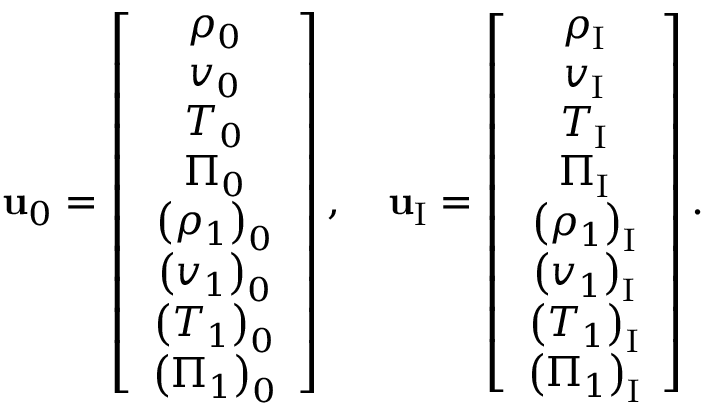
\mathbf { u } _ { 0 } = \left[ \begin{array} { c } { \rho _ { 0 } } \\ { v _ { 0 } } \\ { T _ { 0 } } \\ { \Pi _ { 0 } } \\ { \left( \rho _ { 1 } \right) _ { 0 } } \\ { \left( v _ { 1 } \right) _ { 0 } } \\ { \left( T _ { 1 } \right) _ { 0 } } \\ { \left( \Pi _ { 1 } \right) _ { 0 } } \end{array} \right] , \quad \mathbf { u } _ { \mathrm { I } } = \left[ \begin{array} { c } { \rho _ { \mathrm { I } } } \\ { v _ { \mathrm { I } } } \\ { T _ { \mathrm { I } } } \\ { \Pi _ { \mathrm { I } } } \\ { \left( \rho _ { 1 } \right) _ { \mathrm { I } } } \\ { \left( v _ { 1 } \right) _ { \mathrm { I } } } \\ { \left( T _ { 1 } \right) _ { \mathrm { I } } } \\ { \left( \Pi _ { 1 } \right) _ { \mathrm { I } } } \end{array} \right] .